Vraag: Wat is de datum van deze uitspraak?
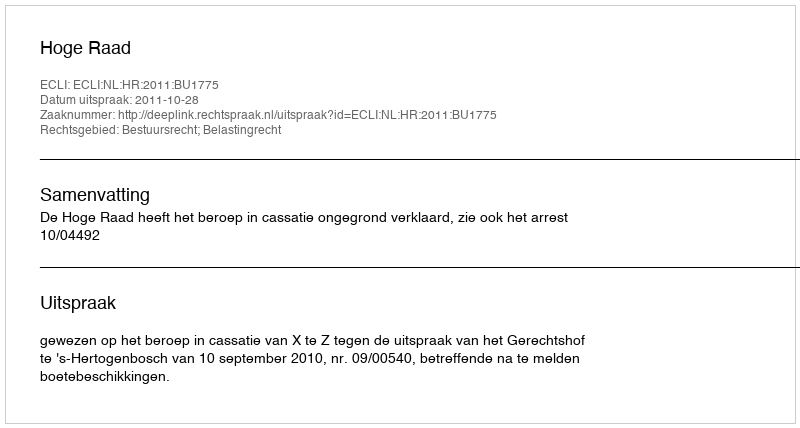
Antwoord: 2011-10-28